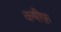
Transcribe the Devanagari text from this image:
कषीफ़